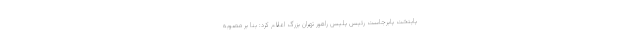
پایتخت پابرجاست رئیس پلیس راهور تهران بزرگ اعلام کرد: بنا بر مصوبه